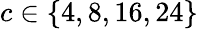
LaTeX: c\in\{ 4,8,16,24\}